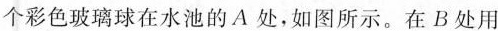
个彩色玻璃球在水池的A处，如图所示。在B处用